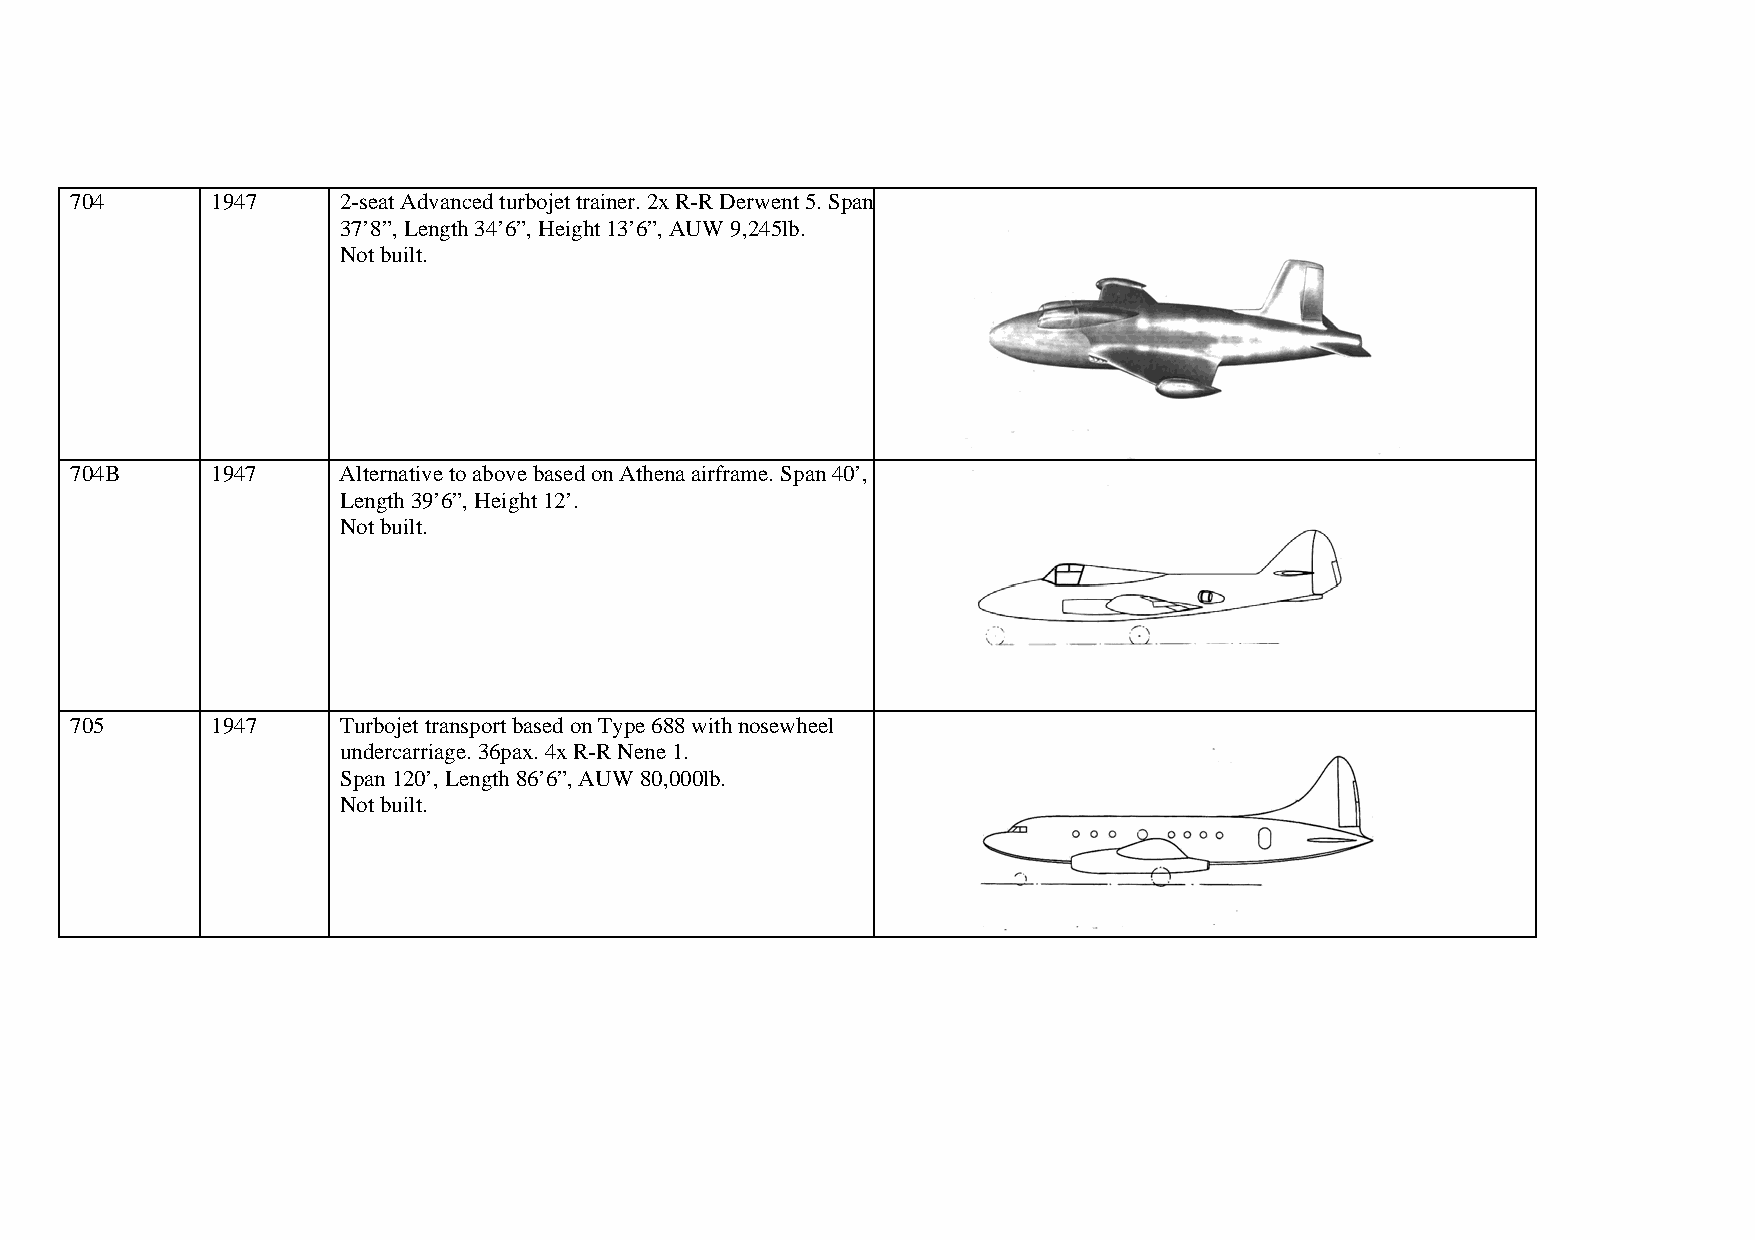
704      1947    2-seat Advanced turbojet trainer. 2x R-R Derwent 5. Span
 37’8”, Length 34’6”, Height 13’6”, AUW 9,245lb.
 Not built.
 704B     1947    Alternative to above based on Athena airframe. Span 40’,
 Length 39’6”, Height 12’.
 Not built.
 705      1947    Turbojet transport based on Type 688 with nosewheel
 undercarriage. 36pax. 4x R-R Nene 1.
 Span 120’, Length 86’6”, AUW 80,000lb.
 Not built.